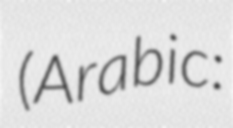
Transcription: (Arabic: